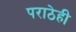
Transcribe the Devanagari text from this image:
पराठेही